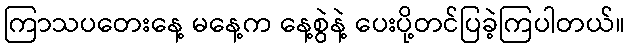
ကြာသပတေးနေ့ မနေ့က နေ့စွဲနဲ့ ပေးပို့တင်ပြခဲ့ကြပါတယ်။